Annual report on the working of the lock hospitals in the North-Western Provinces and Oudh
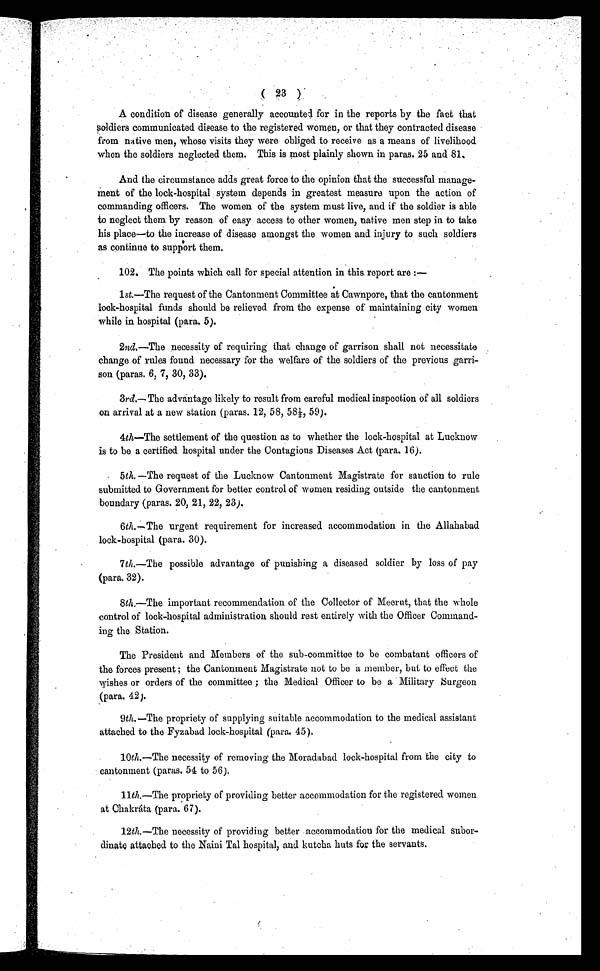
( 2 3 )
A condition of disease generally accounted for in the reports by the fact that
soldiers communicated disease to the registered women, or that they contracted disease
from native men, whose visits they were obliged to receive as a means of livelihood
when the soldiers neglected them. This is most plainly shown in paras. 25 and 81.
And the circumstance adds great force to the opinion that the successful manage-
ment of the lock-hospital system depends in greatest measure upon the action of
commanding officers. The women of the system must live, and if the soldier is able
to neglect them by reason of easy access to other women, native men step in to take
his place—to the increase of disease amongst the women and injury to such soldiers
as continue to support them.
102. The points which call for special attention in this report are :—
1 st.—The request of the Cantonment Committee at Cawnpore, that the cantonment
lock-hospital funds should be relieved from the expense of maintaining city women
while in hospital (para. 5).
2nd.—The necessity of requiring that change of garrison shall not necessitate
change of rules found necessary for the welfare of the soldiers of the previous garri-
son (paras. 6, 7, 30, 33).
3rd.— The advantage likely to result from careful medical inspection of all soldiers
on arrival at a new station (paras. 12, 58, 58½, 59).
4th—The settlement of the question as to whether the lock-hospital at
Lucknow is to be a certified hospital under the Contagious Diseases Act (para. 16).
• 5th. —The request of the Lucknow Cantonment Magistrate for sanction to rule
submitted to Government for better control of women residing outside the cantonment
boundary (paras. 20, 21, 22, 23).
6th.—The urgent requirement for increased accommodation in the Allahabad
lock-hospital (para. 30).
7 th.—The possible advantage of punishing a diseased soldier by loss of pay
(para. 32).
8th. —The important recommendation of the Collector of Meerut, that the whole
control of lock-hospital administration should rest entirely with the Officer Command-
ing the Station.
The President and Members of the sub-committee to be combatant officers of
the forces present ; the Cantonment Magistrate not to be a member, but to effect the
wishes or orders of the committee ; the Medical Officer to be a Military surgeon
(para. 42).
9th.—The propriety of supplying suitable accommodation to the medical assistant
attached to the Fyzabad lock-hospital (para. 45).
10th.—The necessity of removing the Moradabad lock-hospital from the city to
cantonment (paras. 54 to 56).
11 th.—The propriety of providing better accommodation for the registered women
at Chakráta (para. 67).
12th.—The necessity of providing better accommodation for the medical subor-
dinate attached to the Naini Tal hospital, and kutcha huts for the servants.